Sanitation, dispensaries and jails vaccination Rajputana 1922-1927 - 1922-1927
Year: 1922
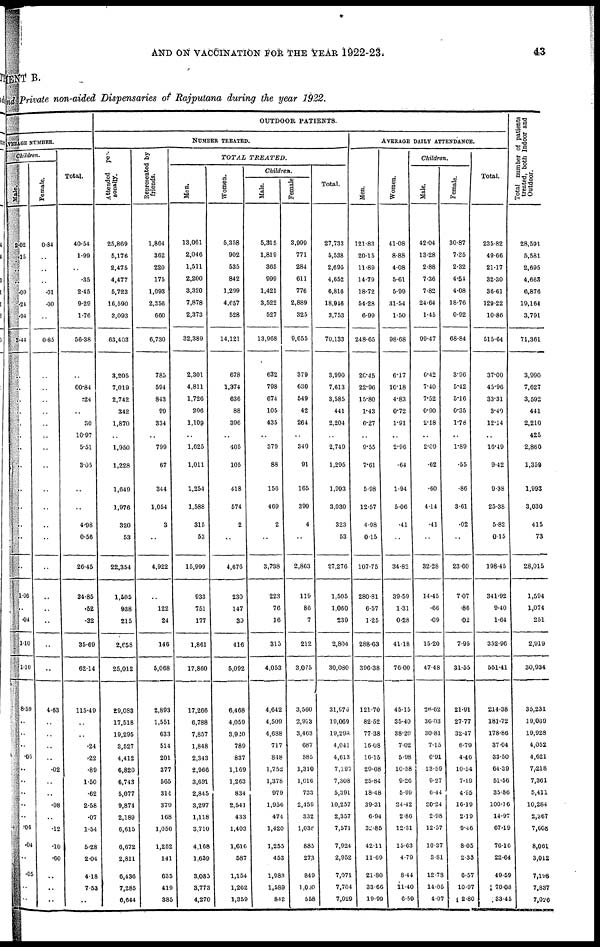
AND ON VACCINATION FOR THE YEAR 1922-23.
43
MENT B.
and Private non-aided Dispensaries of Rajputana during the year 1922.
OUTDOOR PATIENTS.
VERAGE NUMBER.
Children.
Male.
2.02
.15
..
..
.09
.21
.91
3.44
..
...
..
...
..
..
..
..
..
..
..
..
..
1.06
..
.04
1.10
1.10
8.59
..
..
..
.06
..
..
..
..
..
.00
.04
..
.05
..
..
Female.
0.84
..
..
..
.01
.00
..
0.85
..
..
..
..
..
..
..
..
..
..
..
..
..
..
..
..
..
..
4.63
..
..
..
..
.02
..
..
.08
..
.12
.10
.60
..
..
..
Total.
40.54
1.99
..
.35
2.45
9.29
1.76
56.38
..
00.84
.24
..
30
10.97
5.51
3.05
..
..
4.98
0.56
20.45
34.85
.52
.32
35.69
62.14
115.49
..
..
.24
.22
.89
1.50
.62
2.58
.07
1.54
5.28
2.04
4.18
7.53
..
NUMBER TREATED.
Attended per-
sonally.
25,869
5,176
2,475
4,477
5,723
16,590
3,093
63,403
3,205
7,019
2,742
342
1,870
..
1,950
1,228
1,649
1,976
320
53
22,354
1,505
938
215
2,658
25,012
29,083
17,518
19,295
3,527
4,412
6,820
6,743
5,077
9,874
2,189
6,615
6,672
2,811
6,436
7,285
6,644
Represented by
friends.
1,864
362
220
175
1,093
2,356
660
6,730
785
594
843
99
334
..
799
67
344
1,054
3
..
4,922
..
122
24
146
5,068
2,893
1,551
633
514
201
377
565
314
379
168
1,056
1,252
141
635
419
385
TOTAL TREATED.
Men.
13,061
2,046
1,511
2,200
3,320
7,878
2,373
32,389
2,301
4,811
1,726
206
1,109
..
1,625
1,011
1,254
1,588
315
53
15,999
933
751
177
1,861
17,860
17,266
6,788
7,857
1,848
2,343
2,966
3,651
2,845
3,297
1,118
3,710
4,168
1,639
3,085
3,773
4,270
Women.
5,358
902
535
842
1,299
4,657
528
14,121
678
1,374
636
88
396
..
405
105
418
574
2
..
4,676
230
147
39
416
5,092
6,468
4,059
3,920
789
837
1,169
1,263
834
2,541
433
1,403
1,616
587
1,154
1,262
1,359
Children.
Male.
5,315
1,819
365
999
1,421
3,522
527
13,968
632
798
674
105
435
..
379
88
156
469
2
..
3,738
223
76
16
315
4,053
4,042
4,509
4,688
717
848
1,752
1,378
979
1,950
474
1,420
1,255
453
1,983
1,589
842
Female
3,999
771
284
611
776
2,889
325
9,655
379
630
649
42
264
..
340
91
165
399
4
..
2,863
119
86
7
212
3,075
3,560
2,913
3,463
687
585
1,310
1,016
733
2,459
332
1,038
885
273
849
1,030
558
Total.
27,733
5,538
2,695
4,652
6,816
18,946
3,753
70,133
3,990
7,613
3,585
441
2,204
..
2,749
1,295
1,993
3,030
323
53
27,276
1,505
1,060
239
2,804
30,080
31,976
19,069
19,298
4,041
4,613
7,197
7,308
5,391
10,257
2,357
7,571
7,924
2,952
7,071
7,704
7,029
AVERAGE DAILY ATTENDANCE.
Men.
121.83
20.15
11.89
14.79
18.72
54.28
6.99
248.65
20.45
22.96
15.80
1.43
6.27
..
9.55
7.61
5.98
12.57
4.98
0.15
107.75
280.81
6.57
1.25
288.63
396.38
121.70
82.52
77.38
16.08
16.15
29.68
25.84
18.48
39.31
6.94
32.85
42.11
11.69
21.80
33.66
19.99
Women.
41.08
8.88
4.08
5.61
5.99
31.54
1.50
98.68
6.17
10.18
4.83
0.72
1.91
..
2.96
.64
1.94
5.06
.41
..
34.82
39.59
1.31
0.28
41.18
76.00
45.15
35.40
38.20
7.02
5.98
10.58
9.26
5.99
24.42
2.80
12.31
15.63
4.79
8.44
11.40
6.59
Children.
Male.
4204
13.28
2.88
7.36
7.82
24.64
1.45
99.47
6.42
7.40
7.52
0.90
2.18
..
2.09
.62
.60
414
.41
..
32.28
14.45
.66
.09
15.20
47.48
26.62
36.03
30.81
7.15
6.91
13.59
9.27
6.44
20.24
2.98
12.57
10.37
3.81
12.78
14.05
4.07
Female.
30.87
7.35
2.32
4.54
4.08
18.76
0.92
68.84
3.96
5.42
5.16
0.35
l.78
..
1.89
.55
.86
3.61
.02
..
23.60
7.07
.86
.02
7.95
31.55
21.91
27.77
32.47
6.79
4.46
10.54
7.19
4.95
16.19
219
9.46
8.05
2.33
6.57
10.97
2.80
Total.
235.82
49.66
21.17
32.30
36.61
129.22
10.86
515.64
37.00
45.96
33.31
3.40
12.14
..
16.49
9.42
9.38
25.38
5.82
0.15
198.45
341.92
9.40
1.64
352.96
551.41
214.38
181.72
178.86
37.04
33.50
64.39
51.56
35.86
100.16
14.97
67.19
76.16
22.64
49.59
70.08
33.45
Total number of patients
treated, both Indoor and
Outdoor.
28,591
5,581
2,695
4,663
6,876
19,164
3,791
71,361
3,990
7,627
3,592
441
2,210
425
2,860
1,359
1,993
3,030
415
73
28,015
1,594
1,074
251
2,919
30,934
35,231
19,069
19,928
4,052
4,621
7,218
7,361
5,411
10,284
2,367
7,608
8,061
3,012
7,198
7,837
7,026